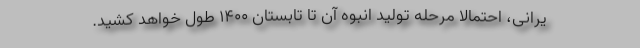
یرانی، احتمالا مرحله تولید انبوه آن تا تابستان ۱۴۰۰ طول خواهد کشید.